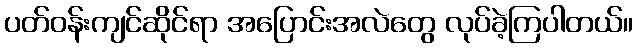
ပတ်ဝန်းကျင်ဆိုင်ရာ အပြောင်းအလဲတွေ လုပ်ခဲ့ကြပါတယ်။